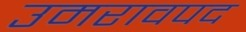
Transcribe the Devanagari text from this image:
उमरावपद